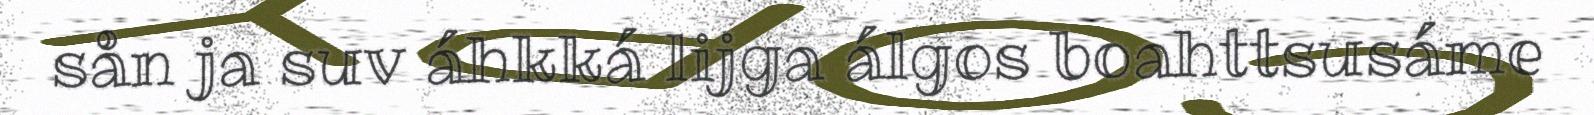
sån ja suv áhkká lijga álgos boahttsusáme